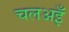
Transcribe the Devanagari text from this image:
चलअइँ